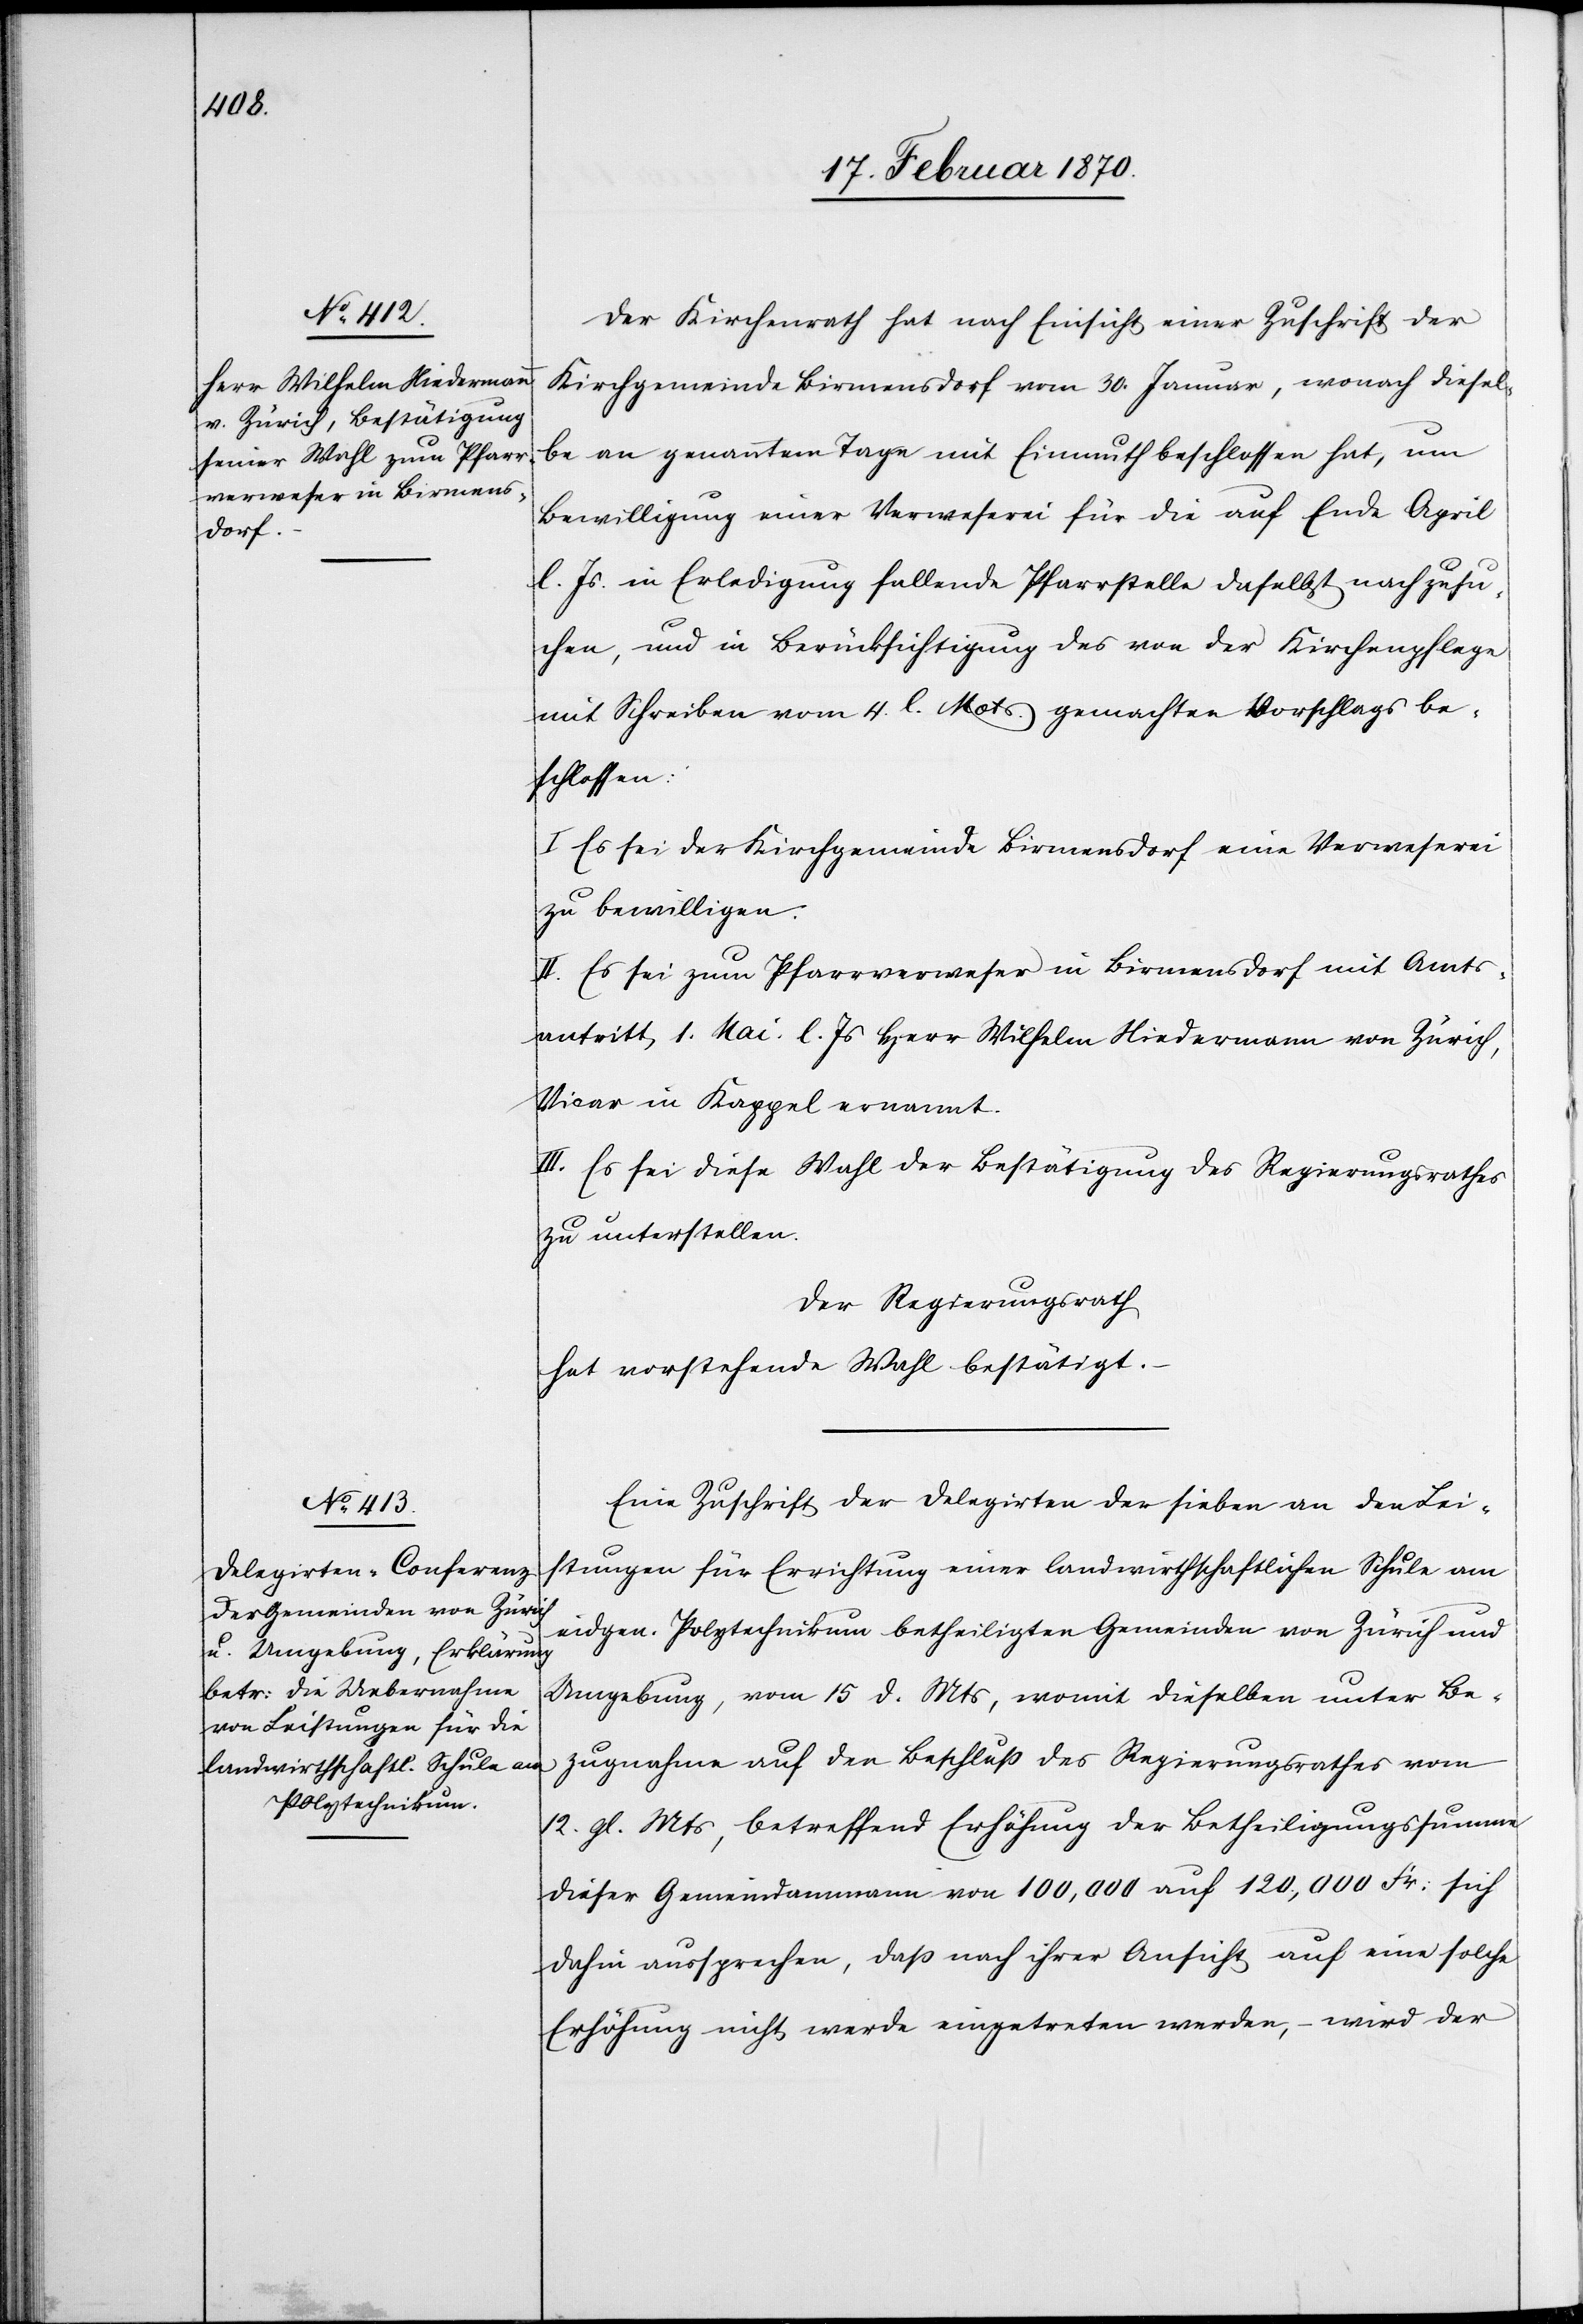
Der Kirchenrath hat nach Einsicht einer Zuschrift der
Kirchengemeinde Birmensdorf vom 30. Januar, wonach diesel¬
be an genanntem Tage mit Einmuth beschlossen hat, um
Bewilligung einer Verweserei für die auf Ende April
l. Js. in Erledigung fallende Pfarrstelle daselbst nachzusu¬
chen, und in Berücksichtigung des von der Kirchenpflege
mit Schreiben vom 4. l. Mots. gemachten Vorschlags be¬
schlossen:
I. Es sei der Kirchgemeinde Birmensdorf eine Verweserei
zu bewilligen.
II. Es sei zum Pfarrverweser in Birmensdorf mit Amts¬
antritt, 1. Mai l. Js Herr Wilhelm Niedermann von Zürich,
Vicar in Kappel ernannt.
III. Es sei diese Wahl der Bestätigung des Regierungsrathes
zu unterstellen.
Der Regierungsrath
hat vorstehende Wahl bestätigt.
Eine Zuschrift der Delegirten der sieben an den Lei¬
stungen für Errichtung einer landwirthschaftlichen Schule am
eidgen. Polytechnikum betheiligten Gemeinden von Zürich und
Umgebung, vom 15. d. Mts, womit dieselben unter Be¬
zugnahme auf den Beschluss des Regierungsrathes vom
12. gl. Mts, betreffend Erhöhung der Betheiligungssumme
dieser Gemeindammann von 100,000 auf 120,000 Fr. sich
dahin aussprechen, dass nach ihrer Ansicht auf eine solche
Erhöhung nicht werde eingetreten werden, – wird der